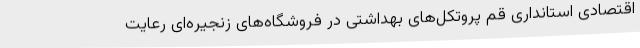
اقتصادی استانداری قم پروتکل‌های بهداشتی در فروشگاه‌های زنجیره‌ای رعایت